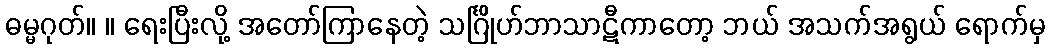
ဓမ္မဂုတ်။ ။ ရေးပြီးလို့ အတော်ကြာနေတဲ့ သင်္ဂြိုဟ်ဘာသာဋီကာတော့ ဘယ် အသက်အရွယ် ရောက်မှ